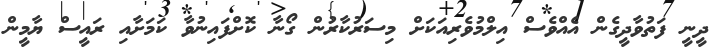
ދީނީ ފަތުވާދީގެން އެއްވެސް އިލްމުވެރިއަކަށް މިސަރުކާރުން ގޯނާ ކޮށްފައިނުވާ ކަމަށާއި ރައީސް ޔާމީން